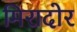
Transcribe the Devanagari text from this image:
मिरादोर